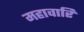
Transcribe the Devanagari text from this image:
महावारि